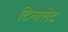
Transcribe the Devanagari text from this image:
टिन्पलेट